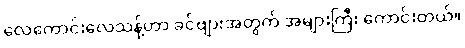
လေကောင်းလေသန့်ဟာ ခင်ဗျားအတွက် အများကြီး ကောင်းတယ်။